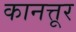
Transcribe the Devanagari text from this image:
कानत्तूर